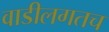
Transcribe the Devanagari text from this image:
वाडीलगतच